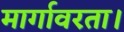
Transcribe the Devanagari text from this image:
मार्गावरता।